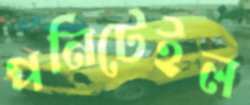
পনিটেইল